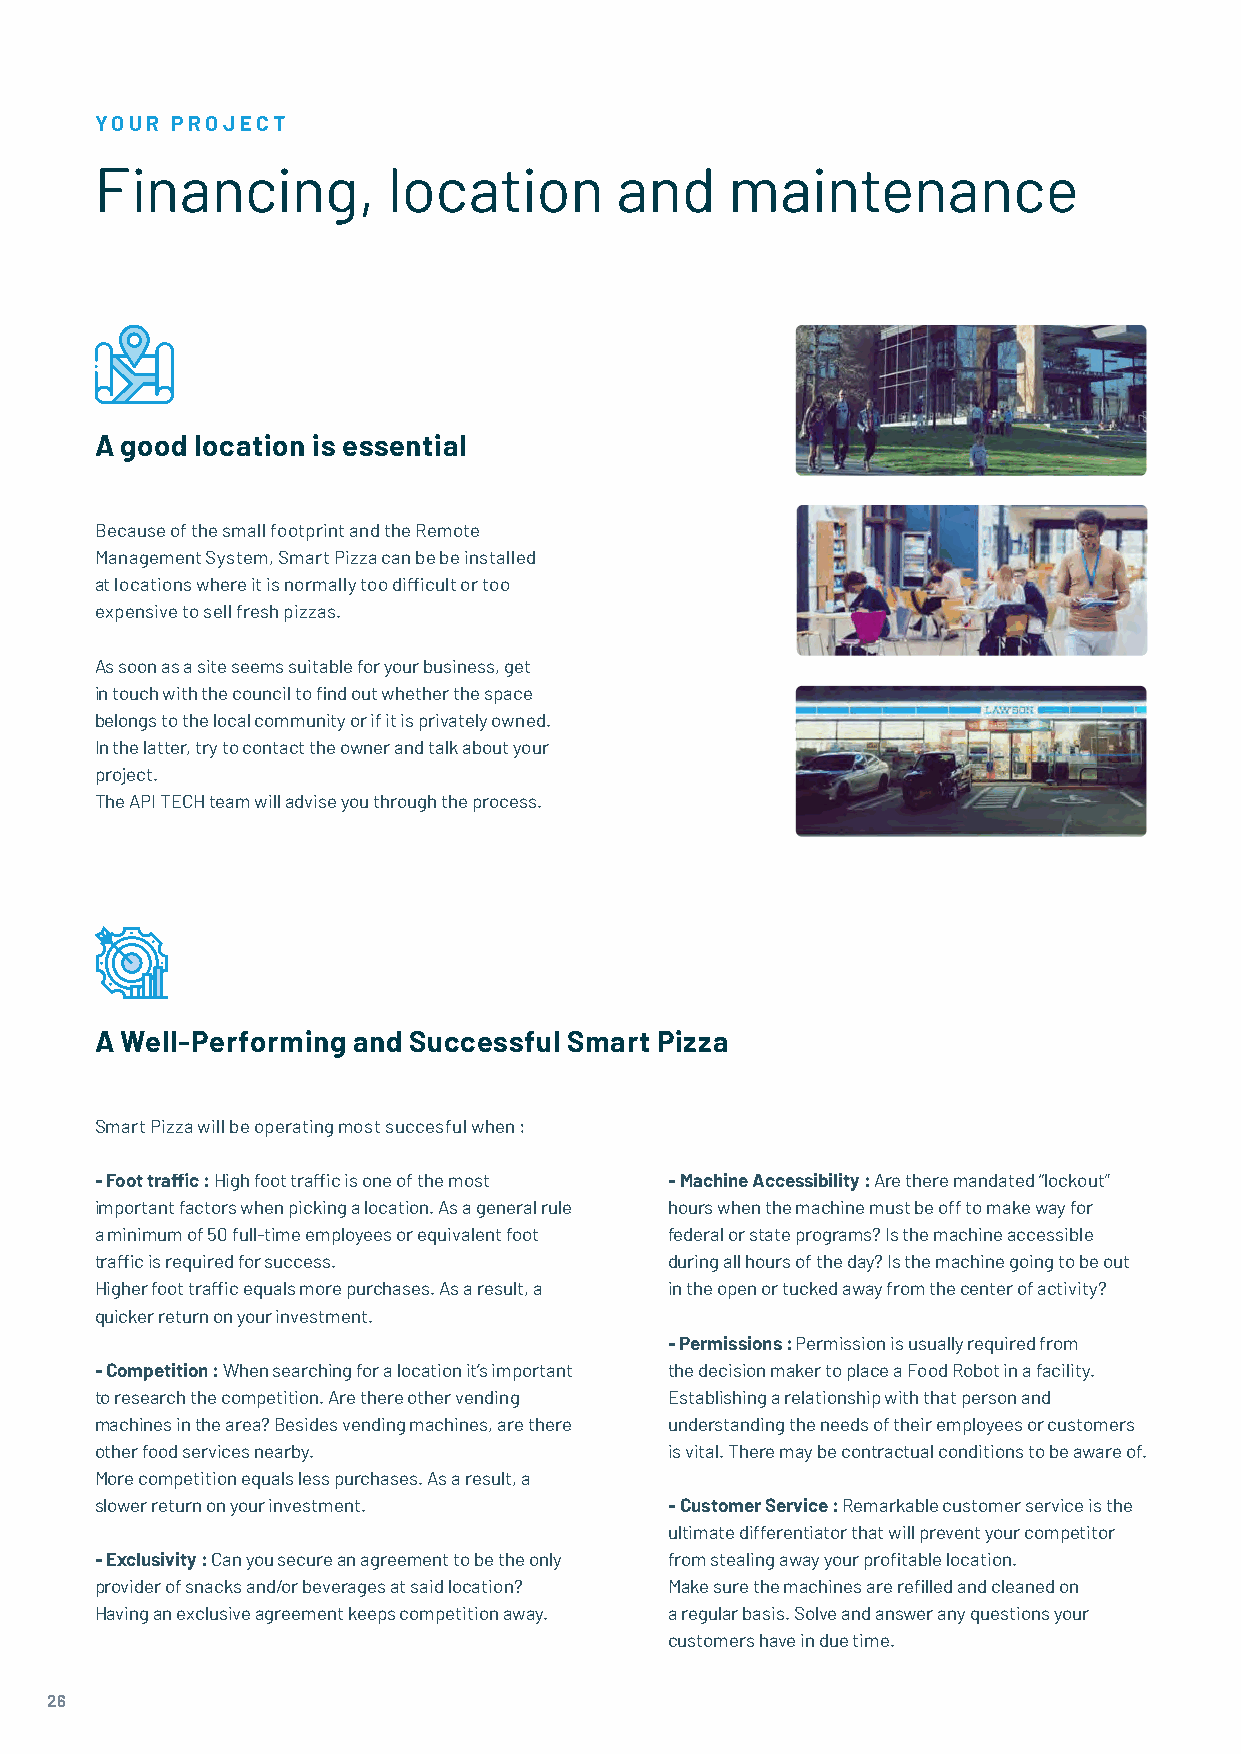
YOUR PROJECT
 Financing,          location       and    maintenance
 A good location is essential
 Because of the small footprint and the Remote
 Management System, Smart Pizza can be be installed
 at locations where it is normally too difficult or too
 expensive to sell fresh pizzas.
 As soon as a site seems suitable for your business, get
 in touch with the council to find out whether the space
 belongs to the local community or if it is privately owned.
 In the latter, try to contact the owner and talk about your
 project.
 The API TECH team will advise you through the process.
 A Well-Performing and Successful Smart Pizza
 Smart Pizza will be operating most succesful when :
 - Foot traffic : High foot traffic is one of the most - Machine Accessibility : Are there mandated “lockout”
 important factors when picking a location. As a general rule hours when the machine must be off to make way for
 a minimum of 50 full-time employees or equivalent foot federal or state programs? Is the machine accessible
 traffic is required for success.      during all hours of the day? Is the machine going to be out
 Higher foot traffic equals more purchases. As a result, a in the open or tucked away from the center of activity?
 quicker return on your investment.
 - Permissions : Permission is usually required from
 - Competition : When searching for a location it’s important the decision maker to place a Food Robot in a facility.
 to research the competition. Are there other vending Establishing a relationship with that person and
 machines in the area? Besides vending machines, are there understanding the needs of their employees or customers
 other food services nearby.           is vital. There may be contractual conditions to be aware of.
 More competition equals less purchases. As a result, a
 slower return on your investment.     - Customer Service : Remarkable customer service is the
 ultimate differentiator that will prevent your competitor
 - Exclusivity : Can you secure an agreement to be the only from stealing away your profitable location.
 provider of snacks and/or beverages at said location? Make sure the machines are refilled and cleaned on
 Having an exclusive agreement keeps competition away. a regular basis. Solve and answer any questions your
 customers have in due time.
 26